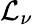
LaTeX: \mathcal{L}_{\nu}